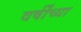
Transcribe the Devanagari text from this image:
वर्षींच्या